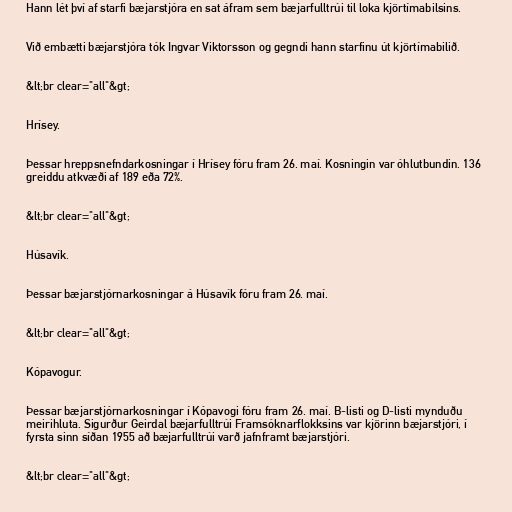
Hann lét því af starfi bæjarstjóra en sat áfram sem bæjarfulltrúi til loka kjörtímabilsins.

Við embætti bæjarstjóra tók Ingvar Viktorsson og gegndi hann starfinu út kjörtímabilið.

&lt;br clear="all"&gt;

Hrísey.

Þessar hreppsnefndarkosningar í Hrísey fóru fram 26. maí. Kosningin var óhlutbundin. 136
greiddu atkvæði af 189 eða 72%.

&lt;br clear="all"&gt;

Húsavík.

Þessar bæjarstjórnarkosningar á Húsavík fóru fram 26. maí.

&lt;br clear="all"&gt;

Kópavogur.

Þessar bæjarstjórnarkosningar í Kópavogi fóru fram 26. maí. B-listi og D-listi mynduðu
meirihluta. Sigurður Geirdal bæjarfulltrúi Framsóknarflokksins var kjörinn bæjarstjóri, í
fyrsta sinn síðan 1955 að bæjarfulltrúi varð jafnframt bæjarstjóri.

&lt;br clear="all"&gt;